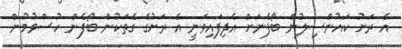
އެ ރަށު ކައުންސިލުން ބޯފެނަށް އެދިފައިވަނީ އެ ރަށުގެ ގެތަކުން ބޯފެން ހުސްވުމުން